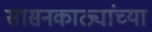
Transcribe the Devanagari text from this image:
सासनकाठ्यांच्या